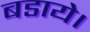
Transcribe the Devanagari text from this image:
बडाये।